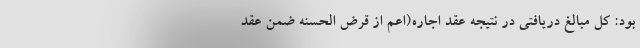
بود: کل مبالغ دریافتی در نتیجه عقد اجاره(اعم از قرض الحسنه ضمن عقد